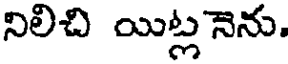
నిలిచి యిట్లనెను.